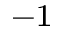
^ { - 1 }